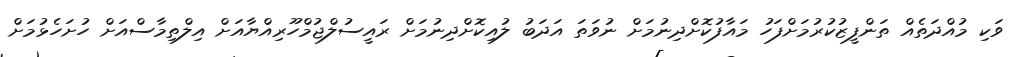
ވަކި މުއްދަތެއް ތަންފީޒުކުރުމަށްފަހު މައާފުކޮށްދިނުމަށް ނުވަތަ އަދަބު ލުއިކޮށްދިނުމަށް ރައީސުލްޖުމްހޫރިއްޔާއަށް އިލްތިމާސްއަށް ހުށަހެޅުމަށް